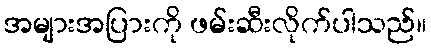
အများအပြားကို ဖမ်းဆီးလိုက်ပါသည်။